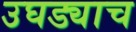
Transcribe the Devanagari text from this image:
उघड्याच